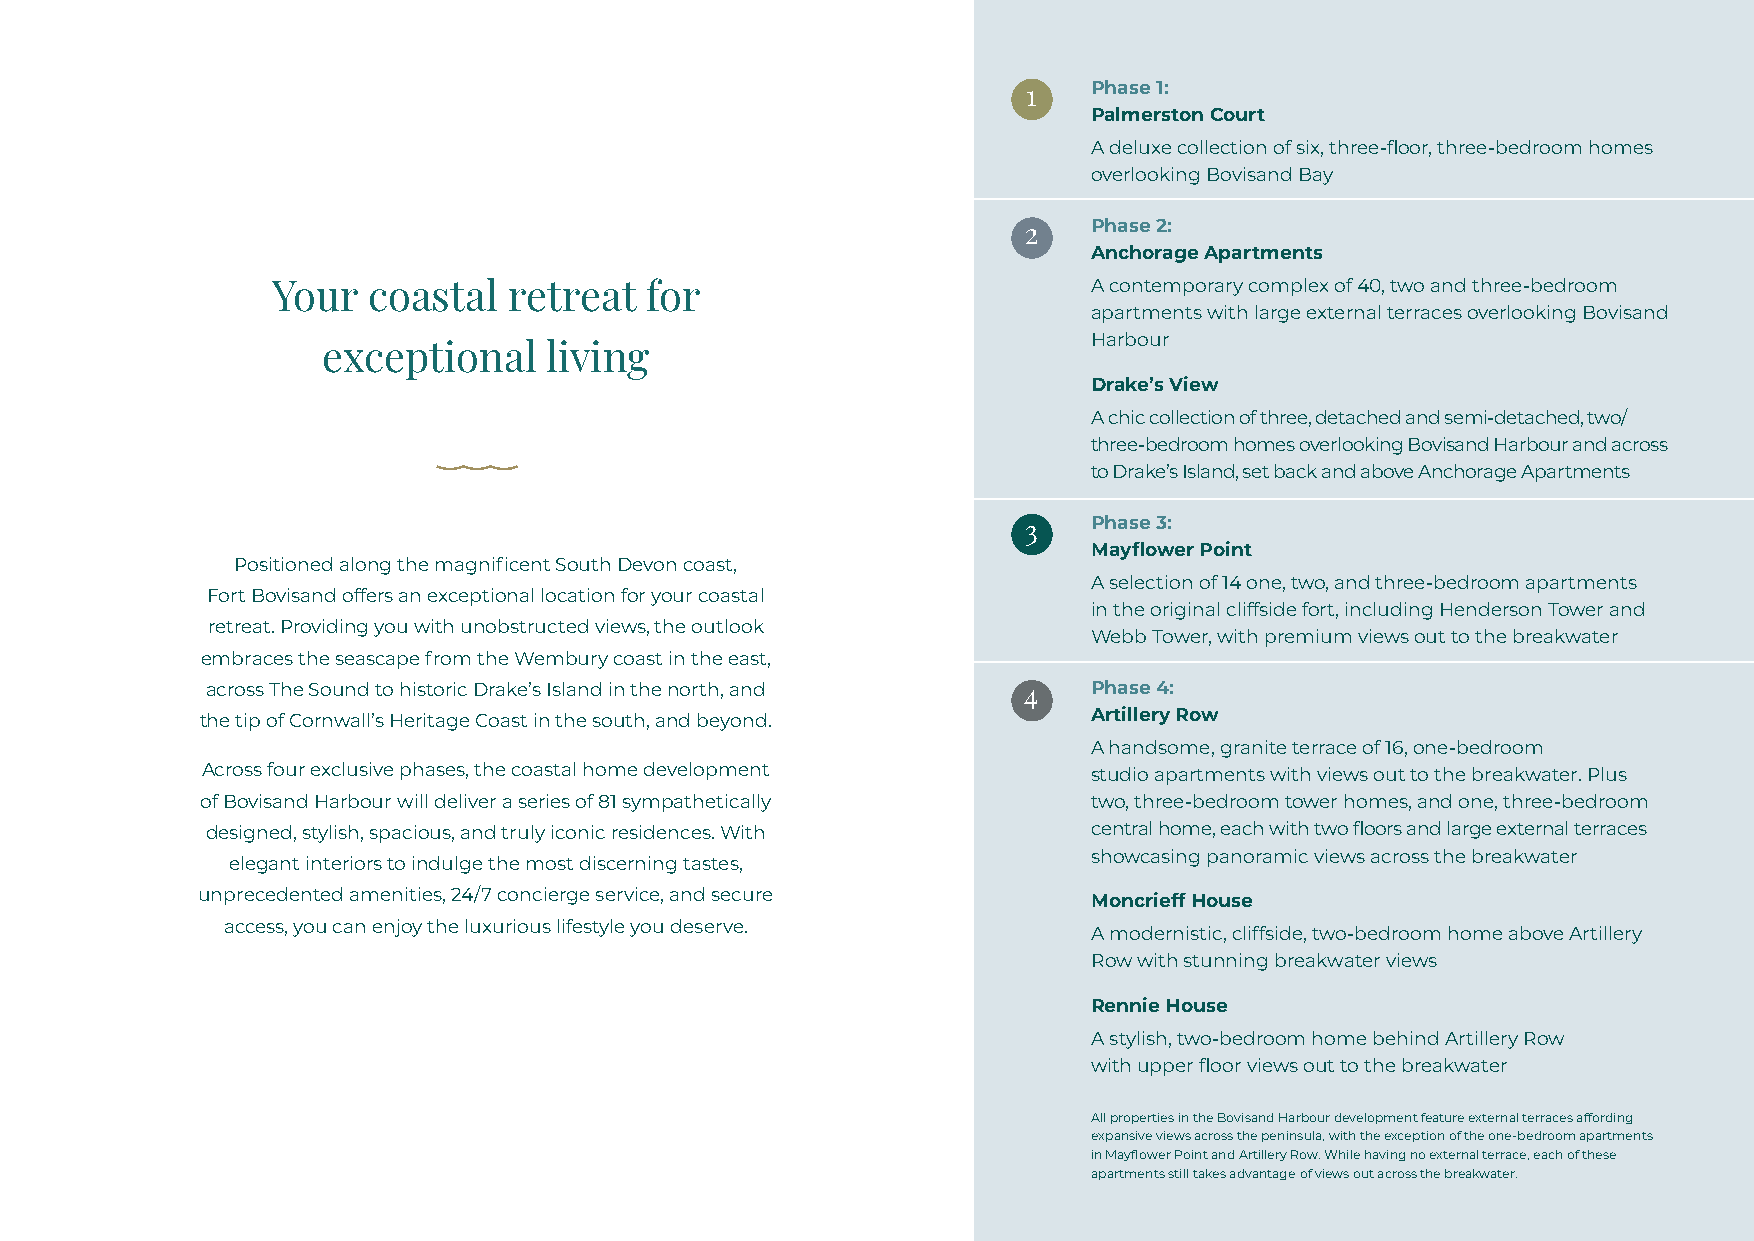
1   Phase 1:
 Palmerston Court
 A deluxe collection of six, three-floor, three-bedroom homes
 overlooking Bovisand Bay
 2   Phase 2:
 Anchorage Apartments
 Your  coastal   retreat  for                          A contemporary complex of 40, two and three-bedroom
 apartments with large external terraces overlooking Bovisand
 Harbour
 exceptional    living
 Drake’s View
 A chic collection of three, detached and semi-detached, two/
 three-bedroom homes overlooking Bovisand Harbour and across
 to Drake’s Island, set back and above Anchorage Apartments
 3   Phase 3:
 Mayflower Point
 Positioned along the magnificent South Devon coast,
 A selection of 14 one, two, and three-bedroom apartments
 Fort Bovisand offers an exceptional location for your coastal
 in the original cliffside fort, including Henderson Tower and
 retreat. Providing you with unobstructed views, the outlook
 Webb Tower, with premium views out to the breakwater
 embraces the seascape from the Wembury coast in the east,
 across The Sound to historic Drake’s Island in the north, and 4 Phase 4:
 the tip of Cornwall’s Heritage Coast in the south, and beyond. Artillery Row
 A handsome, granite terrace of 16, one-bedroom
 Across four exclusive phases, the coastal home development studio apartments with views out to the breakwater. Plus
 of Bovisand Harbour will deliver a series of 81 sympathetically two, three-bedroom tower homes, and one, three-bedroom
 designed, stylish, spacious, and truly iconic residences. With central home, each with two floors and large external terraces
 showcasing panoramic views across the breakwater
 elegant interiors to indulge the most discerning tastes,
 unprecedented amenities, 24/7 concierge service, and secure Moncrieff House
 access, you can enjoy the luxurious lifestyle you deserve.
 A modernistic, cliffside, two-bedroom home above Artillery
 Row with stunning breakwater views
 Rennie House
 A stylish, two-bedroom home behind Artillery Row
 with upper floor views out to the breakwater
 All properties in the Bovisand Harbour development feature external terraces affording
 expansive views across the peninsula, with the exception of the one-bedroom apartments
 in Mayflower Point and Artillery Row. While having no external terrace, each of these
 apartments still takes advantage of views out across the breakwater.